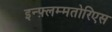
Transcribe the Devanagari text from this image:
इन्फ़्लम्मतोरिएस